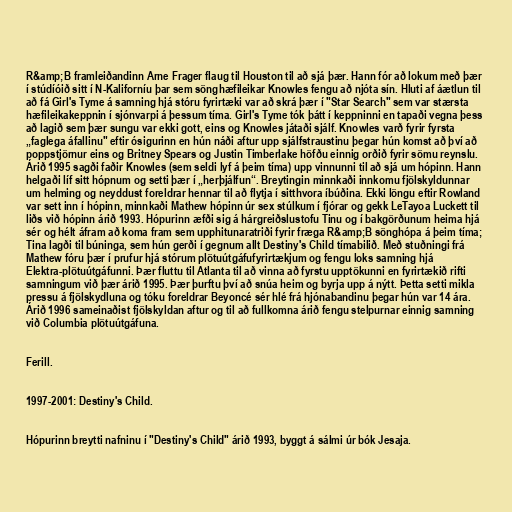
R&amp;B framleiðandinn Arne Frager flaug til Houston til að sjá þær. Hann fór að lokum með þær
í stúdíóið sitt í N-Kaliforníu þar sem sönghæfileikar Knowles fengu að njóta sín. Hluti af áætlun til
að fá Girl's Tyme á samning hjá stóru fyrirtæki var að skrá þær í "Star Search" sem var stærsta
hæfileikakeppnin í sjónvarpi á þessum tíma. Girl's Tyme tók þátt í keppninni en tapaði vegna þess
að lagið sem þær sungu var ekki gott, eins og Knowles játaði sjálf. Knowles varð fyrir fyrsta
„faglega áfallinu" eftir ósigurinn en hún náði aftur upp sjálfstraustinu þegar hún komst að því að
poppstjörnur eins og Britney Spears og Justin Timberlake höfðu einnig orðið fyrir sömu reynslu.
Árið 1995 sagði faðir Knowles (sem seldi lyf á þeim tíma) upp vinnunni til að sjá um hópinn. Hann
helgaði líf sitt hópnum og setti þær í „herþjálfun“. Breytingin minnkaði innkomu fjölskyldunnar
um helming og neyddust foreldrar hennar til að flytja í sitthvora íbúðina. Ekki löngu eftir Rowland
var sett inn í hópinn, minnkaði Mathew hópinn úr sex stúlkum í fjórar og gekk LeTayoa Luckett til
liðs við hópinn árið 1993. Hópurinn æfði sig á hárgreiðslustofu Tinu og í bakgörðunum heima hjá
sér og hélt áfram að koma fram sem upphitunaratriði fyrir fræga R&amp;B sönghópa á þeim tíma;
Tina lagði til búninga, sem hún gerði í gegnum allt Destiny's Child tímabilið. Með stuðningi frá
Mathew fóru þær í prufur hjá stórum plötuútgáfufyrirtækjum og fengu loks samning hjá
Elektra-plötuútgáfunni. Þær fluttu til Atlanta til að vinna að fyrstu upptökunni en fyrirtækið rifti
samningum við þær árið 1995. Þær þurftu því að snúa heim og byrja upp á nýtt. Þetta setti mikla
pressu á fjölskydluna og tóku foreldrar Beyoncé sér hlé frá hjónabandinu þegar hún var 14 ára.
Árið 1996 sameinaðist fjölskyldan aftur og til að fullkomna árið fengu stelpurnar einnig samning
við Columbia plötuútgáfuna.

Ferill.

1997-2001: Destiny's Child.

Hópurinn breytti nafninu í "Destiny's Child" árið 1993, byggt á sálmi úr bók Jesaja.